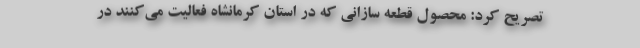
تصریح کرد: محصول قطعه سازانی که در استان کرمانشاه فعالیت می‌کنند در